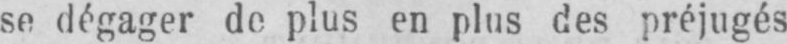
se dégager de plus en plus des préjugés